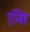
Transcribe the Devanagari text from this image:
एम्ब्रिम